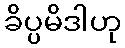
ခိပ္ပမိဒါဟု